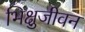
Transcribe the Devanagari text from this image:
भिक्षुजीवन